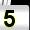
Digit: 5